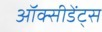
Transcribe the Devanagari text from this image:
ऑक्सीडेंट्स